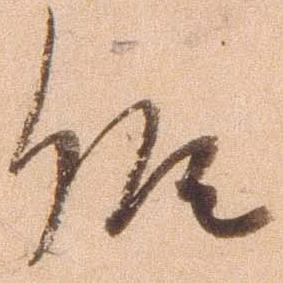
候